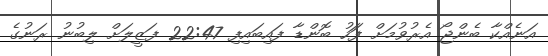
އަނެއްކާ ބެންޖޯ އެރުވުމަށް ފަަހު ބޮންޑާ ފައިބައިފި 22:47 ފަޒީލަށް ލިބުނު ރަނުގެ